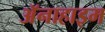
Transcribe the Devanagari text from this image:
अॅनाहाइम